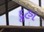
દૂહા